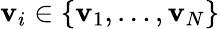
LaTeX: \mathbf{v}_{i}\in\{ \mathbf{v}_{1},\ldots,\mathbf{v}_{N}\}